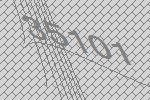
35101